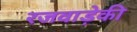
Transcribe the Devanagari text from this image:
रजवाड़ेकी